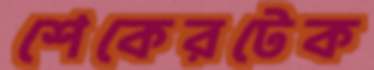
শেকেরটেক